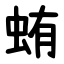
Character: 蛕